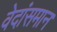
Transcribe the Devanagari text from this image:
वेदांसमान